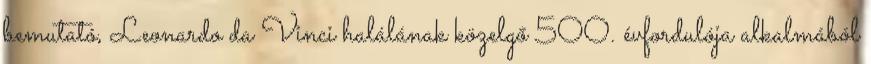
bemutató, Leonardo da Vinci halálának közelgő 500. évfordulója alkalmából